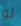
لو